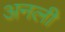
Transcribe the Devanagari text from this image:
अनली